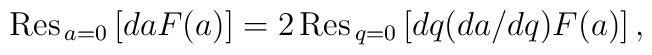
{\hbox{\rm Res}}_{\,a=0}\left[daF(a)\right]= 2\,{\hbox{\rm Res}}_{\,q=0}\left[dq (da/dq) F(a)\right],